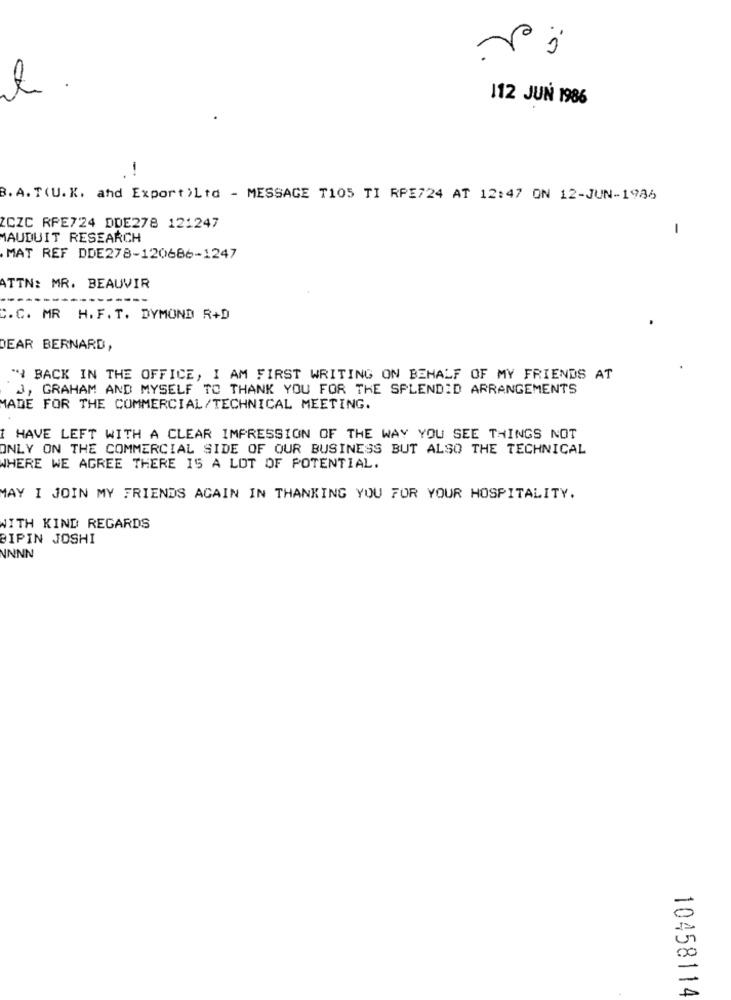
1 .
112 JUN 1986
B. A. T(U. K. and Export ) Ltd - MESSAGE T105 TI RPE724 AT 12:47 ON 12-JUN-1986
ZCZC RPE724 DDE278 121247
1
MAUDUIT RESEARCH
MAT REF DDE278-120686-1247
ATTN: MR. BEAUVIR
C.C. MR H. F. T. DYMOND R+D
DEAR BERNARD,
" BACK IN THE OFFICE, I AM FIRST WRITING ON BEHALF OF MY FRIENDS AT
3, GRAHAM AND MYSELF TO THANK YOU FOR THE SPLENDID ARRANGEMENTS
MADE FOR THE COMMERCIAL/TECHNICAL MEETING.
I HAVE LEFT WITH A CLEAR IMPRESSION OF THE WAY YOU SEE THINGS NOT
ONLY ON THE COMMERCIAL SIDE OF OUR BUSINESS BUT ALSO THE TECHNICAL
WHERE WE AGREE THERE IS A LOT OF POTENTIAL.
MAY I JOIN MY FRIENDS AGAIN IN THANKING YOU FOR YOUR HOSPITALITY.
WITH KIND REGARDS
BIPIN JOSHI
NNNN
x
-
10458114